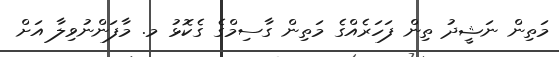
މަތިން ނަޝީދު ތިން ފަހަރެއްގެ މަތިން ގާސިމްގެ ގެކޮޅު މ. މާފަންނުވިލާ އަށް